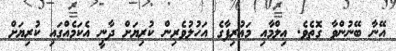
އޭނާ ބޭނުންވާ ގޮތެވެ. ޢިލްމާއި މަޢުރިފާގެ އަހުލުވެރިން ކުރިޔަށް ދާނީ އެކަމެއްގައި ކުރިޔަށް